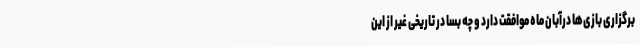
برگزاری بازی‌ها درآبان ماه موافقت دارد و چه بسا در تاریخی غیر از این